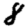
Digit: 8